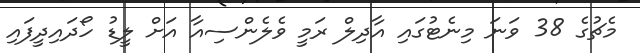
މެޗުގެ 38 ވަނަ މިނެޓުގައި އާދިލް ރަމީ ވެލެންސިއާ އަށް ލީޑު ހޯދައިދީފައި